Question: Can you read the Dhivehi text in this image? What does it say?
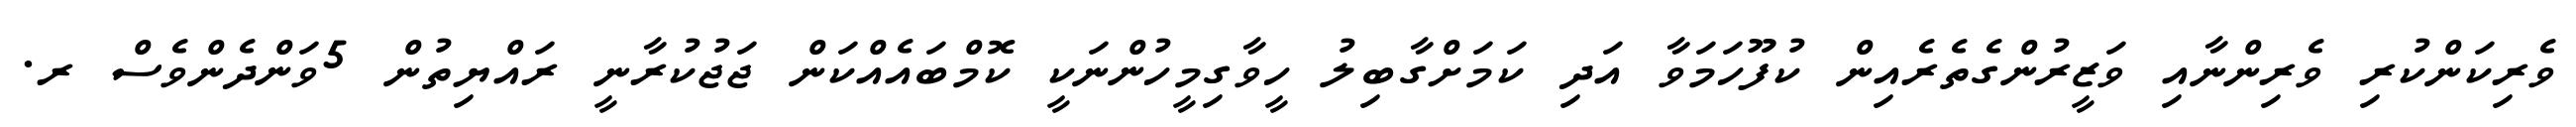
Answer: ވެރިކަންކުރި ވެރިންނާއި ވަޒީރުންގެތެރެއިން ކުފޫހަމަވާ އަދި ކަމަށްގާބިލު ހީވާގިމީހުންނަކީ ކޮމްބައެއްކަން ޖަޖުކުރާނީ ރައްޔިތުން 5ވަންދެންވެސް ރ.